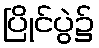
ပြိုင်ပွဲ၌